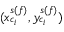
( x _ { c _ { i } } ^ { s ( f ) } , y _ { c _ { i } } ^ { s ( f ) } )